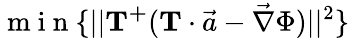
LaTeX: \mathrm{~m~i~n~}\{ ||\mathbf{T^{+}}(\mathbf{{T}}\cdot\vec{a}-\vec{\nabla}\Phi)||^{2}\}